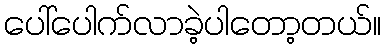
ပေါ်ပေါက်လာခဲ့ပါတော့တယ်။